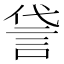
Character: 𫌸